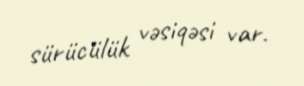
sürücülük vəsiqəsi var.